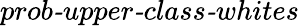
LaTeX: \textit{prob-upper-class-whites}